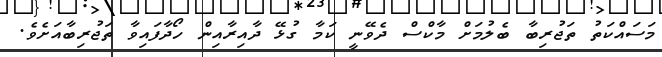
މަސައްކަތު ތަޖުރިބާ ބެލުމަށް މާކްސް ދެވޭނީ ކަމާ ގުޅޭ ދާއިރާއިން ހޯދާފައިވާ ތަޖުރިބާއަށެވެ.